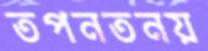
তপনতনয়